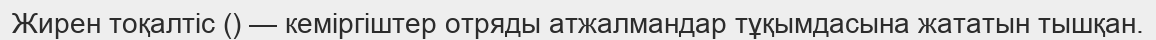
Жирен тоқалтіс () — кеміргіштер отряды атжалмандар тұқымдасына жататын тышқан.